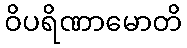
ဝိပရိဏာမောတိ